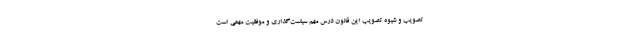
تصویب و شیوه تصویب این قانون درس مهم سیاست‌گذاری و موفقیت مهمی است